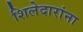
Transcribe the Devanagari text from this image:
शिलेदारांना